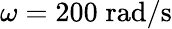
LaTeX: \omega=200\; \mathrm{rad/s}